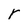
Character: r